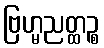
ဗြဟ္မညတ္ထဉ္စ